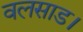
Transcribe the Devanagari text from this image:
वलसाड।